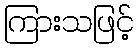
ကြားသဖြင့်